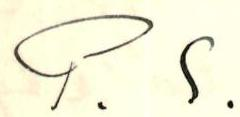
P.S.